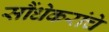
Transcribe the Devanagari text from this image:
सौंधेकरांचे